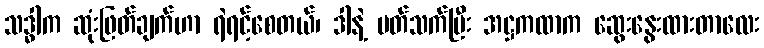
သဒ္ဓါက ဆုံးဖြတ်ချက်ဟာ ရဲရင့်စေတယ်၊ ဒါနဲ့ ပတ်သက်ပြီး အဋ္ဌကထာက ဆွေးနွေးထားတာလေး